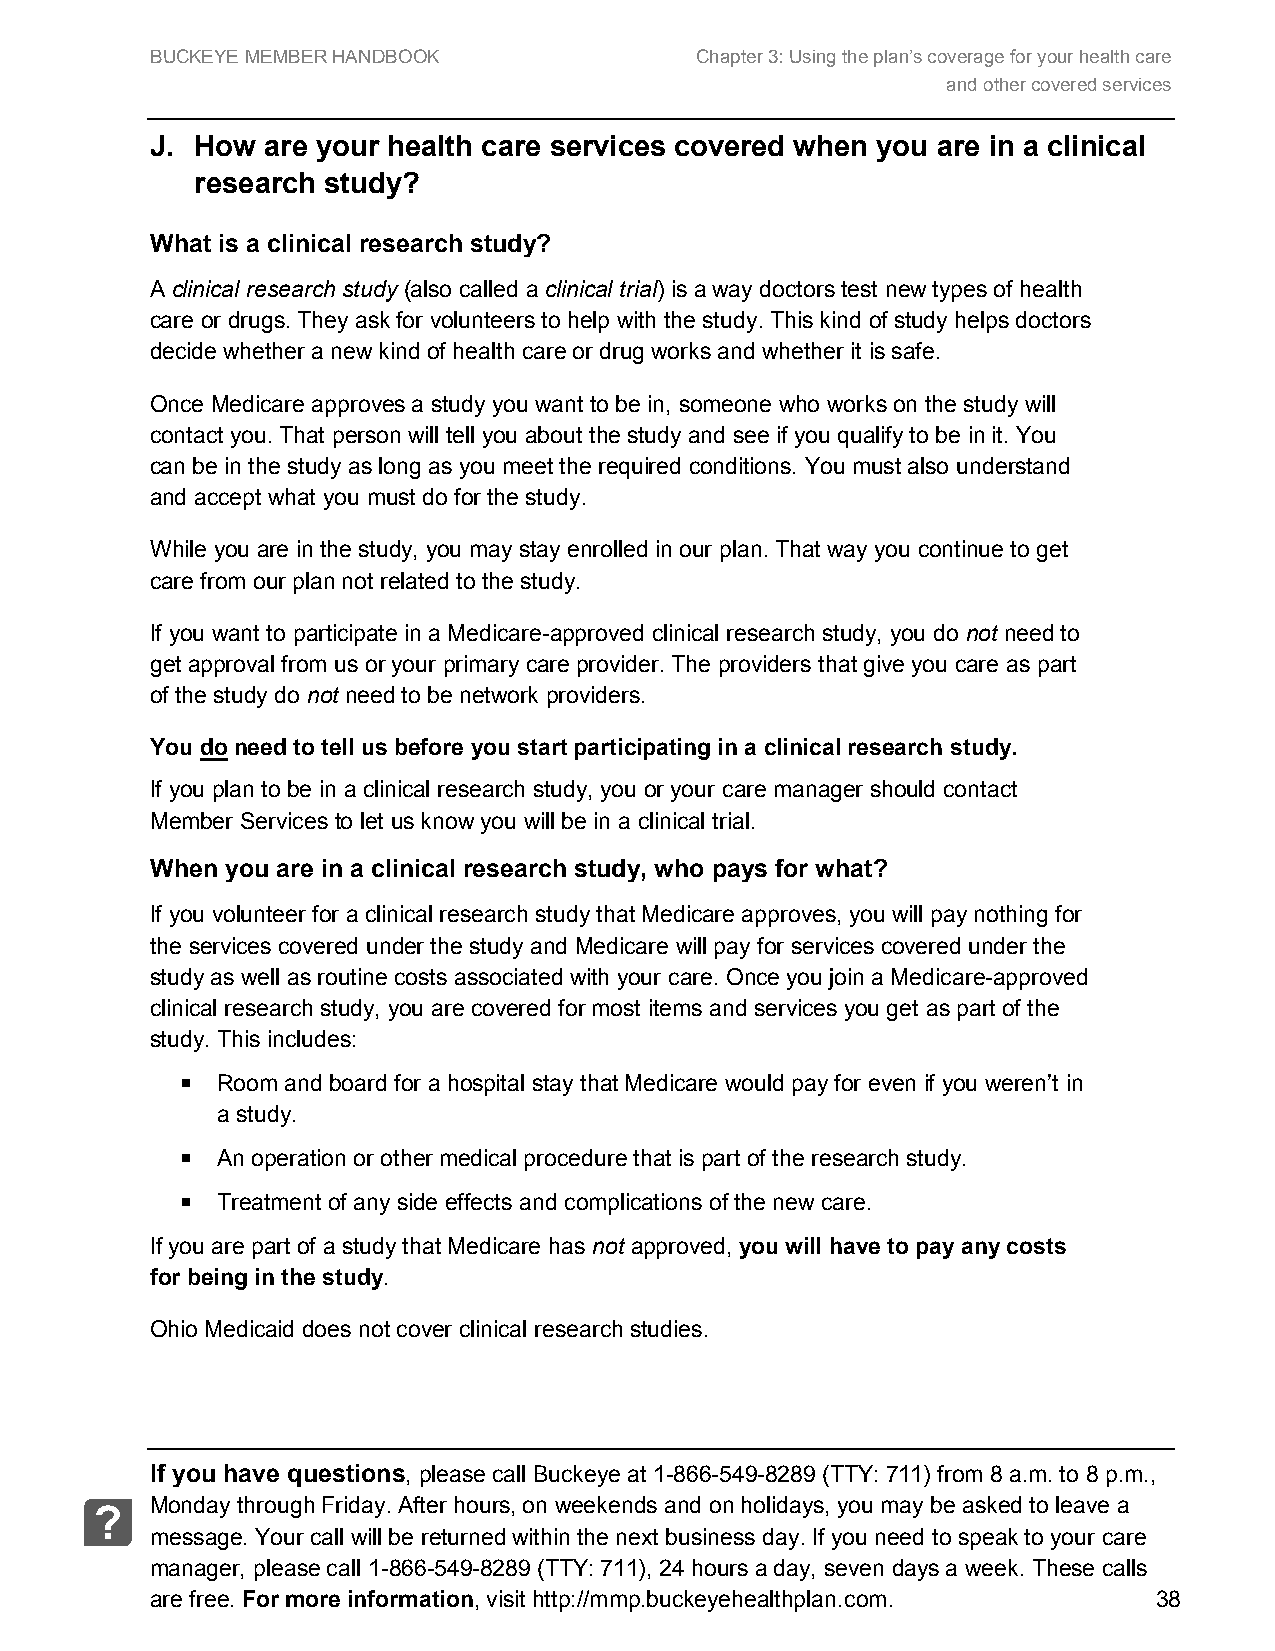
BUCKEYE MEMBER HANDBOOK             Chapter 3: Using the plan’s coverage for your health care
 and other covered services
 J. How  are your health care services covered when you are in a clinical
 research study?
 What is a clinical research study?
 A clinical research study (also called a clinical trial) is a way doctors test new types of health
 care or drugs. They ask for volunteers to help with the study. This kind of study helps doctors
 decide whether a new kind of health care or drug works and whether it is safe.
 Once Medicare approves a study you want to be in, someone who works on the study will
 contact you. That person will tell you about the study and see if you qualify to be in it. You
 can be in the study as long as you meet the required conditions. You must also understand
 and accept what you must do for the study.
 While you are in the study, you may stay enrolled in our plan. That way you continue to get
 care from our plan not related to the study.
 If you want to participate in a Medicare-approved clinical research study, you do not need to
 get approval from us or your primary care provider. The providers that give you care as part
 of the study do not need to be network providers.
 You do need to tell us before you start participating in a clinical research study.
 If you plan to be in a clinical research study, you or your care manager should contact
 Member Services to let us know you will be in a clinical trial.
 When you are in a clinical research study, who pays for what?
 If you volunteer for a clinical research study that Medicare approves, you will pay nothing for
 the services covered under the study and Medicare will pay for services covered under the
 study as well as routine costs associated with your care. Once you join a Medicare-approved
 clinical research study, you are covered for most items and services you get as part of the
 study. This includes:
  Room and board for a hospital stay that Medicare would pay for even if you weren’t in
 a study.
  An operation or other medical procedure that is part of the research study.
  Treatment of any side effects and complications of the new care.
 If you are part of a study that Medicare has not approved, you will have to pay any costs
 for being in the study.
 Ohio Medicaid does not cover clinical research studies.
 If you have questions, please call Buckeye at 1-866-549-8289 (TTY: 711) from 8 a.m. to 8 p.m.,
 Monday through Friday. After hours, on weekends and on holidays, you may be asked to leave a
 ?
 message. Your call will be returned within the next business day. If you need to speak to your care
 manager, please call 1-866-549-8289 (TTY: 711), 24 hours a day, seven days a week. These calls
 are free. For more information, visit http://mmp.buckeyehealthplan.com. 38